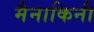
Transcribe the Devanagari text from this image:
मैनाकिनी